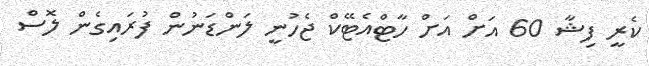
ކެރީ ފިޝާ 60 އަށް އަށް ހާޓްއެޓޭކް ޖެހުނީ ލަންޑަނުން ފުރައިގެން ލޮސް